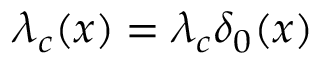
\lambda _ { c } ( x ) = \lambda _ { c } \delta _ { 0 } ( x )